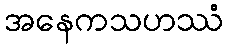
အနေကသဟဿံ